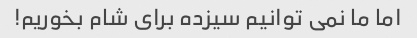
اما ما نمی توانیم سیزده برای شام بخوریم!